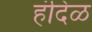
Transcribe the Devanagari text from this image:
हंदिळ